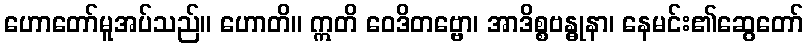
ဟောတော်မူအပ်သည်။ ဟောတိ။ ဣတိ ဝေဒိတဗ္ဗော၊ အာဒိစ္စဗန္ဓုနာ၊ နေမင်း၏ဆွေတော်